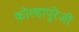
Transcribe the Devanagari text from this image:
कोल्हापुरेजी